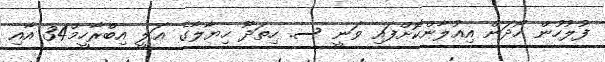
ފުލުހުން ހޯދަން އިއުލާންކޮށްފައި ވަނީ ސ. ހިތަދޫ ހިޔާލާގެ ޢަލީ އިބްރާހީމް34 އާއި